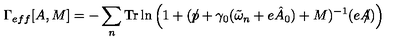
\Gamma _ { e f f } [ A , M ] = - \sum _ { n } \mathrm { T r } \ln \left( 1 + ( p \! \! \! \slash + \gamma _ { 0 } ( \tilde { \omega } _ { n } + e \hat { A } _ { 0 } ) + M ) ^ { - 1 } ( e A \! \! \! \slash ) \right)